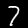
Label: 7